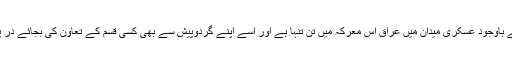
لیکن مختلف اطراف سے سیاسی اور اخلاقی حمایت کے باوجود عسکری میدان میں عراق اس معرکہ میں تن تنہا ہے اور اسے اپنے گردوپیش سے بھی کسی قسم کے تعاون کی بجائے در پردہ خطرات و خدشات کا زیادہ سامنا کرنا پڑ رہا ہے۔